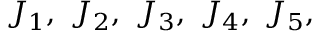
J _ { 1 } , ~ J _ { 2 } , ~ J _ { 3 } , ~ J _ { 4 } , ~ J _ { 5 } ,